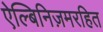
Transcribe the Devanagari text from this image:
ऐल्बिनिज़मरहित